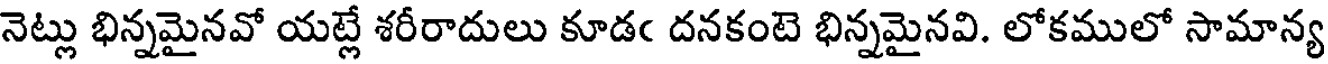
నెట్లు భిన్నమైనవో యట్లే శరీరాదులు కూడఁ దనకంటె భిన్నమైనవి. లోకములో సామాన్య